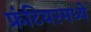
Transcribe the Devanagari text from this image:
फ्रंटियरमध्ये